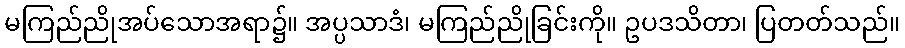
မကြည်ညိုအပ်သောအရာ၌။ အပ္ပသာဒံ၊ မကြည်ညိုခြင်းကို။ ဥပဒသိတာ၊ ပြတတ်သည်။